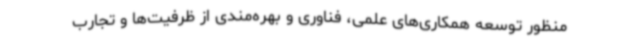
منظور توسعه همکاری‌های علمی، فناوری و بهره‌مندی از ظرفیت‌ها و تجارب